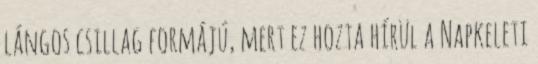
lángos csillag formájú, mert ez hozta hírül a Napkeleti